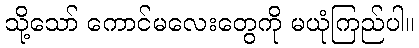
သို့သော် ကောင်မလေးတွေကို မယုံကြည်ပါ။